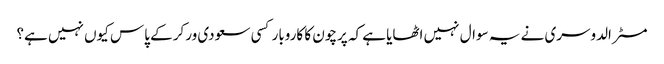
مسٹر الدوسری نے یہ سوال نہیں اٹھایا ہے کہ پرچون کا کاروبار کسی سعودی ورکر کے پاس کیوں نہیں ہے؟